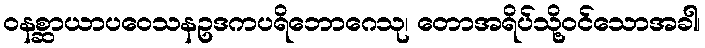
ဝနစ္ဆာယာပဝေသနဥဒကပရိဘောဂေသု၊ တောအရိပ်သို့ဝင်သောအခါ၊